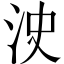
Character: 㳏